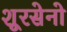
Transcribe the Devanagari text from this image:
शूरसेनो